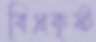
বিপ্রকৃষ্ট